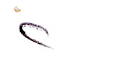
2